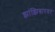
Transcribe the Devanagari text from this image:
झांझिबारवर